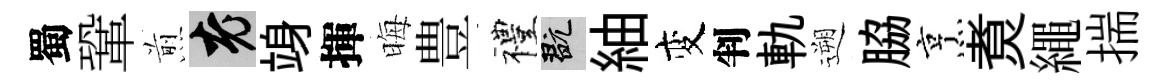
蜀鞏煎興竧揮晦豊禮玩紬变判軌遡脇烹煑繩揣